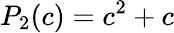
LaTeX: P_{2}(c)=c^{2}+c